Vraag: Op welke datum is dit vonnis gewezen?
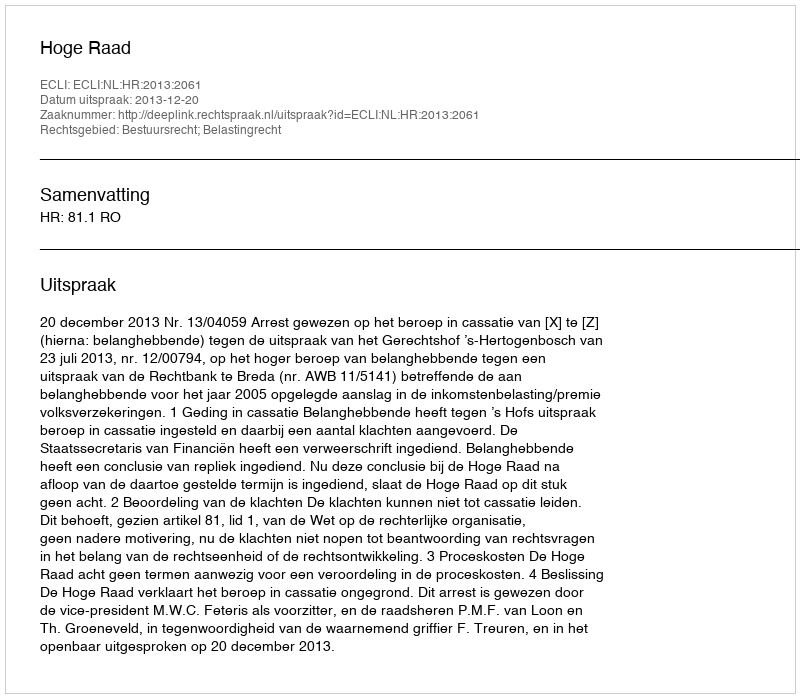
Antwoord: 2013-12-20